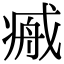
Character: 𢧞